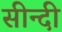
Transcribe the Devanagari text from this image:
सीन्दी